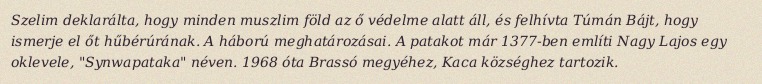
Szelim deklarálta, hogy minden muszlim föld az ő védelme alatt áll, és felhívta Túmán Bájt, hogy ismerje el őt hűbérúrának. A háború meghatározásai. A patakot már 1377-ben említi Nagy Lajos egy oklevele, "Synwapataka" néven. 1968 óta Brassó megyéhez, Kaca községhez tartozik.